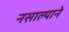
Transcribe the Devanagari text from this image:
नसाल्याने